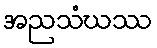
အညသံဃဿ